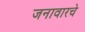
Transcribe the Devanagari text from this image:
जनावारचे